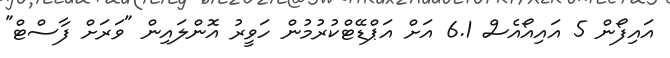
އައިފޯން 5 އައިއޯއެސް 6.1 އަށް އަޕްޑޭޓްކުރުމުން ހަވީރު އޮންލައިން "ވަރަށް ފާސްޓް"